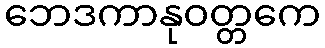
ဘေဒကာနုဝတ္တကေ